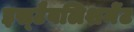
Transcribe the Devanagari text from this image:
इस्‍टैबलिशमेंट